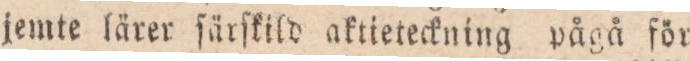
jemte lärer ſärſkild aktieteckning pågå för